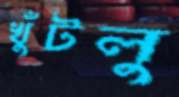
খুঁটলু